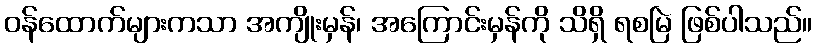
ဝန်ထောက်များကသာ အကျိုးမှန်၊ အကြောင်းမှန်ကို သိရှိ ရစမြဲ ဖြစ်ပါသည်။